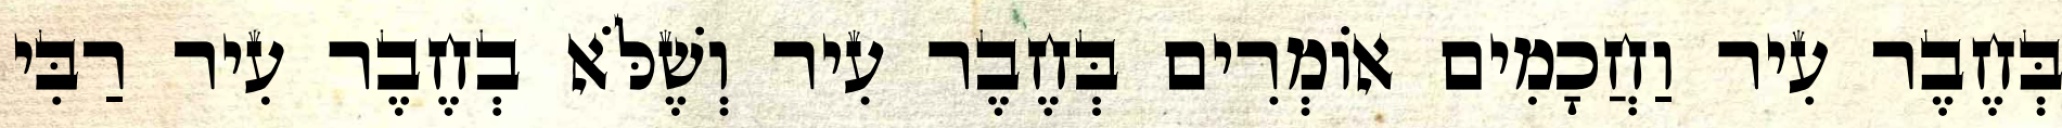
בְּחֶבֶר עִיר וַחֲכָמִים אוֹמְרִים בְּחֶבֶר עִיר וְשֶׁלֹּא בְחֶבֶר עִיר רַבִּי